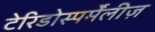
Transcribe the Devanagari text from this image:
टेरिडोस्पर्मेंलीज़